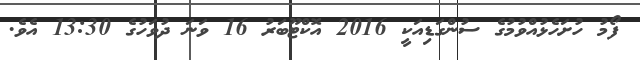
ފޯމު ހުށަހެޅުއްވުމުގެ ސުންގަޑިއަކީ 2016 އޮކްޓޫބަރު 16 ވަނަ ދުވަހުގެ 13:30 އެވެ.